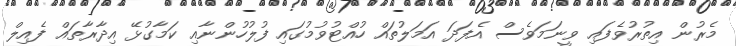
މެރުން އިތުރުވެފައި ވީނަމަވެސް އެފަދަ އަމަލުތައް ހުއްޓުވުމުގައި ފުލުހުންނާއި ކަމާގުޅޭ އިދާރާތައް ފެއިލް